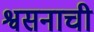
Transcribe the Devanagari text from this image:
श्वसनाची